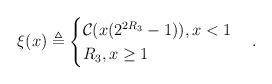
LaTeX: \begin{align*} \xi(x)\triangleq\begin{cases} \mathcal{C}(x(2^{2R_3}-1)),x<1\\ R_3,x\geq 1 \end{cases}.\end{align*}